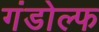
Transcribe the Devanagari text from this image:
गंडोल्फ